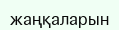
жаңқаларын